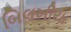
બિલખીયા